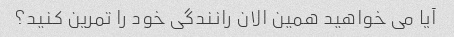
آیا می خواهید همین الان رانندگی خود را تمرین کنید؟